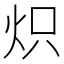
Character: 炽